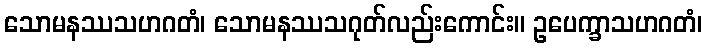
သောမနဿသဟဂတံ၊ သောမနဿသဂုတ်လည်းကောင်း။ ဥပေက္ခာသဟဂတံ၊